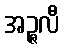
အဉ္ဇလီ